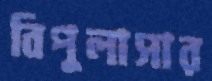
বিপুলাসার